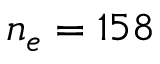
n _ { e } = 1 5 8